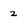
Character: 2